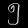
Digit: ၅